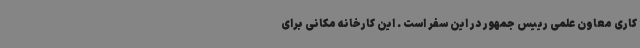
کاری معاون علمی رییس جمهور در این سفر است . این کارخانه مکانی برای